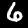
Label: 6